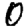
Digit: 0